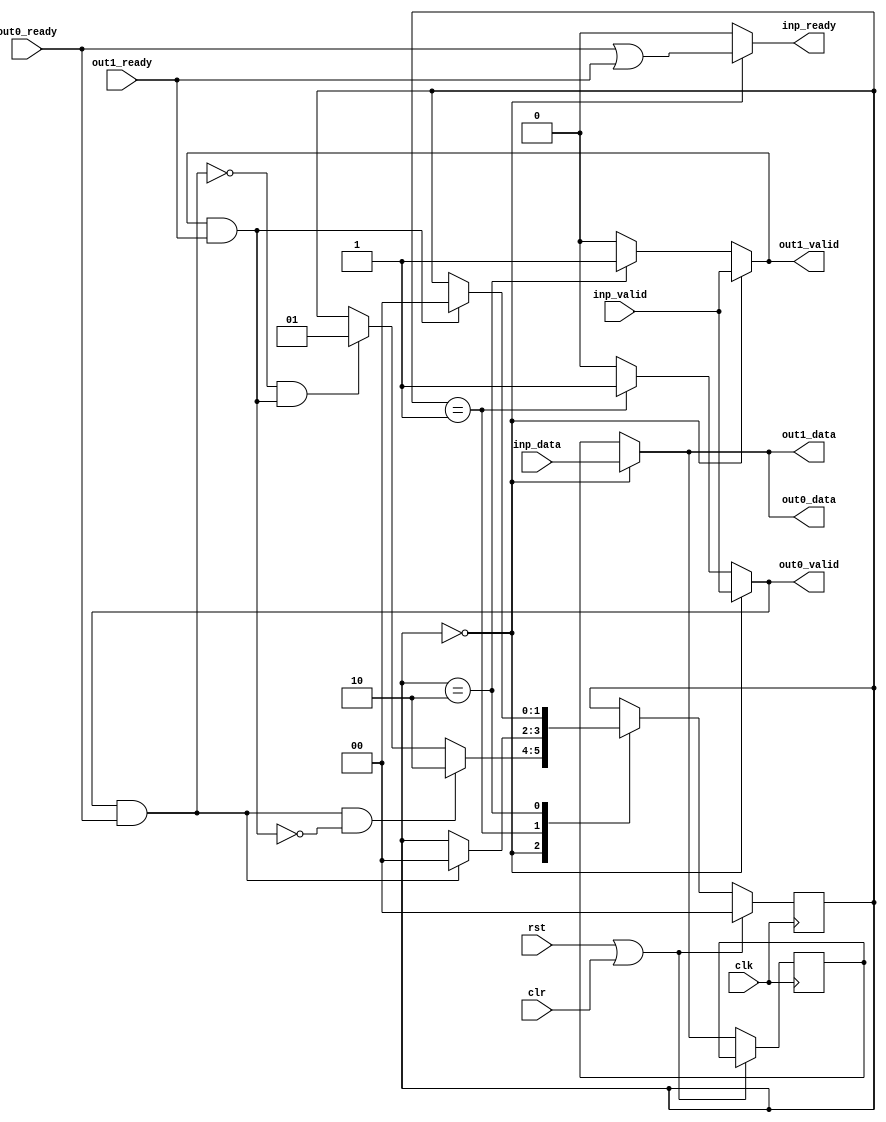

// Split packets from a fifo based interface so it goes out identically on two interfaces

module splitter36
    (
        input clk, input rst, input clr,
        input [35:0] inp_data, input inp_valid, output inp_ready,
        output [35:0] out0_data, output out0_valid, input out0_ready,
        output [35:0] out1_data, output out1_valid, input out1_ready
    );

    localparam STATE_COPY_BOTH = 0;
    localparam STATE_COPY_ZERO = 1;
    localparam STATE_COPY_ONE = 2;

    reg [1:0] state;
    reg [35:0] data_reg;

    assign out0_data = (state == STATE_COPY_BOTH)? inp_data : data_reg;
    assign out1_data = (state == STATE_COPY_BOTH)? inp_data : data_reg;

    assign out0_valid =
        (state == STATE_COPY_BOTH)? inp_valid : (
        (state == STATE_COPY_ZERO)? 1'b1      : (
    1'b0));

    assign out1_valid =
        (state == STATE_COPY_BOTH)? inp_valid : (
        (state == STATE_COPY_ONE)?  1'b1      : (
    1'b0));

    assign inp_ready = (state == STATE_COPY_BOTH)? (out0_ready | out1_ready) : 1'b0;

    always @(posedge clk)
    if (rst | clr) begin
        state <= STATE_COPY_BOTH;
    end
    else begin
        case (state)

        STATE_COPY_BOTH: begin
            if ((out0_valid & out0_ready) & ~(out1_valid & out1_ready)) begin
                state <= STATE_COPY_ONE;
            end
            else if (~(out0_valid & out0_ready) & (out1_valid & out1_ready)) begin
                state <= STATE_COPY_ZERO;
            end
            data_reg <= inp_data;
        end

        STATE_COPY_ZERO: begin
            if (out0_valid & out0_ready) begin
                state <= STATE_COPY_BOTH;
            end
        end

        STATE_COPY_ONE: begin
            if (out1_valid & out1_ready) begin
                state <= STATE_COPY_BOTH;
            end
        end

        endcase //state
    end



endmodule //splitter36